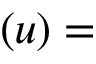
\mathbf { ( } u ) =